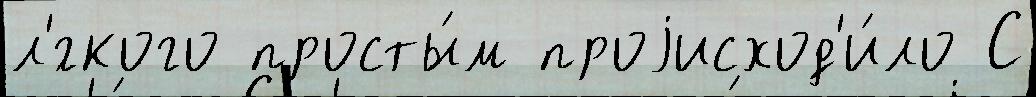
л'́гкого просты́м проjисход'и́ло С